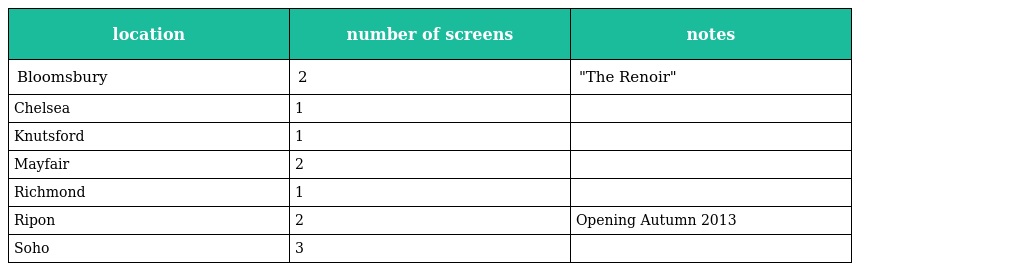
| location | number of screens | notes |
 | --- | --- | --- |
 | Bloomsbury | 2 | "The Renoir" |
 | Chelsea | 1 |  |
 | Knutsford | 1 |  |
 | Mayfair | 2 |  |
 | Richmond | 1 |  |
 | Ripon | 2 | Opening Autumn 2013 |
 | Soho | 3 |  |